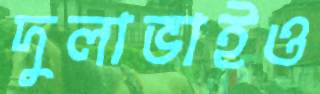
দুলাভাইও